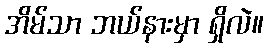
အိမ်သာ ဘယ်နားမှာ ရှိလဲ။